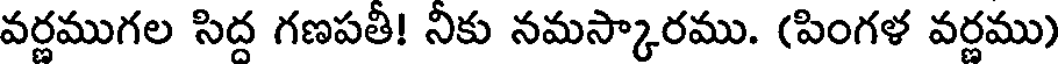
వర్ణముగల సిద్ద గణపతీ! నీకు నమస్కారము. (పింగళ వర్ణము)